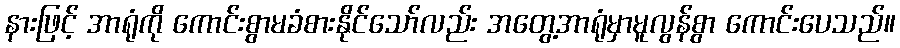
နားဖြင့် အာရုံကို ကောင်းစွာမခံစားနိုင်သော်လည်း အတွေ့အာရုံမှာမူလွန်စွာ ကောင်းပေသည်။